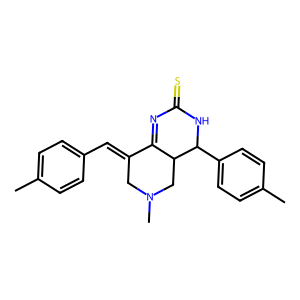
SMILES: Cc1ccc(C=C2CN(C)CC3C2=NC(=S)NC3c2ccc(C)cc2)cc1
Inhibits HIV replication: No